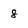
Character: 8